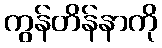
ကွန်တိန်နာကို